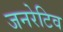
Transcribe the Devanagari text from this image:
जनरेटिव